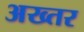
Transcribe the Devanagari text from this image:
अख्‍तर